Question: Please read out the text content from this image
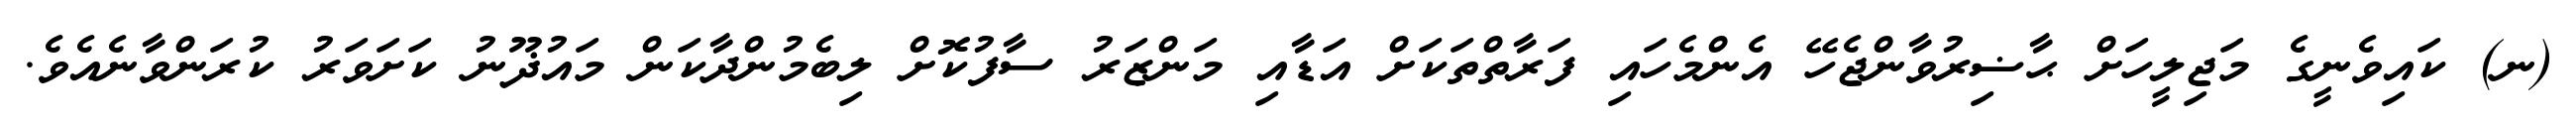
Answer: (ނ) ކައިވެނީގެ މަޖިލީހަށް ޙާޟިރުވާންޖެހޭ އެންމެހައި ފަރާތްތަކަށް އަޑާއި މަންޒަރު ސާފުކޮށް ލިބެމުންދާކަން މައުޛޫނު ކަށަވަރު ކުރަންވާނެއެވެ.